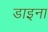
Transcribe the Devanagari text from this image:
डाइना